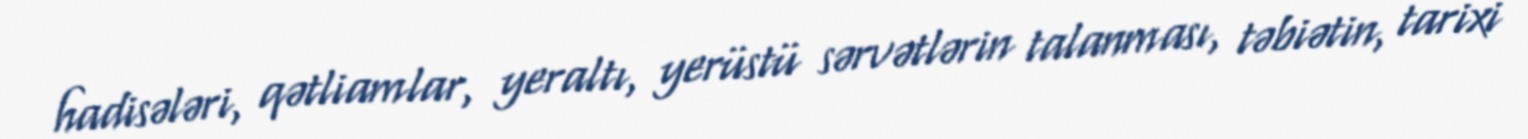
hadisələri, qətliamlar, yeraltı, yerüstü sərvətlərin talanması, təbiətin, tarixi